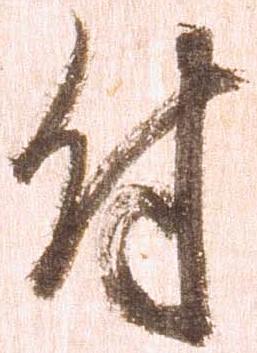
付